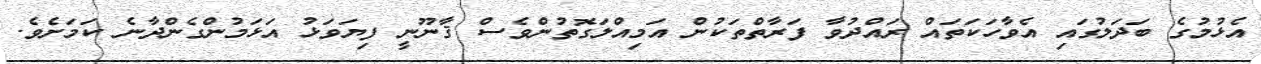
އެޅުމުގެ ބަދަލުގައި އެވާހަކަތައް ރައްދުވާ ފަރާތްތަކުން އަމިއްލަގޮތުންވެސް ޤާނޫނީ ފިޔަވަޅު އަޅަމުންގެންދާނެ ކަމަށެވެ.